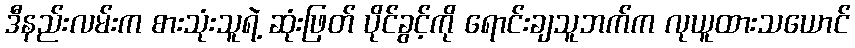
ဒီနည်းလမ်းက စားသုံးသူရဲ့ ဆုံးဖြတ် ပိုင်ခွင့်ကို ရောင်းချသူဘက်က လုယူထားသယောင်